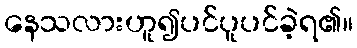
နေသလားဟူ၍ပင်ပူပင်ခဲ့ရ၏။